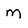
Character: m